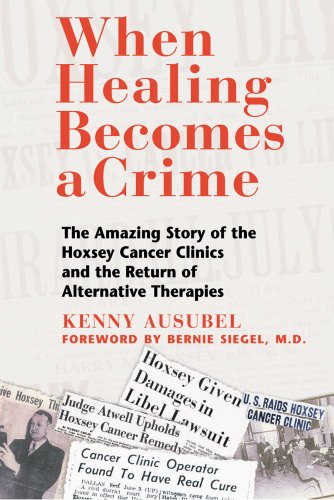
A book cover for When Healing Becomes a Crime: The Amazing Story of the Hoxsey Cancer Clinics and the Return of Alternative Therapies; Kenny Ausubel; Medical Books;